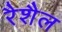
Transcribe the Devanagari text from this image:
रैशैल